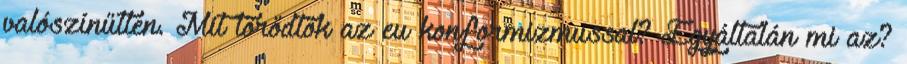
valószínűtlen. Mit törődtök az eu konformizmussal? Egyáltalán mi az?